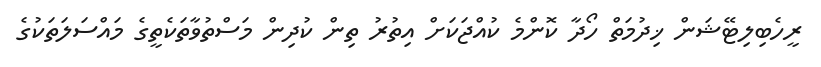
ރީހެބިލިޓޭޝަން ޚިދުމަތް ހޯދާ ކޮންމެ ކުއްޖަކަށް އިތުރު ތިން ކުދިން މަސްތުވާތަކެތީގެ މައްސަލަތަކުގެ